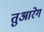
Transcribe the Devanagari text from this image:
तुआरेग